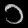
Digit: ၁